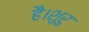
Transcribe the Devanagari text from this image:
है।शुरु